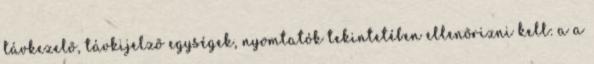
távkezelõ, távkijelzõ egységek, nyomtatók tekintetében ellenõrizni kell: a a